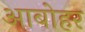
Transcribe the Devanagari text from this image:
आबोहर